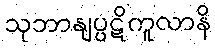
သုဘာနျပ္ပဋိကူလာနိ